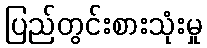
ပြည်တွင်းစားသုံးမှု